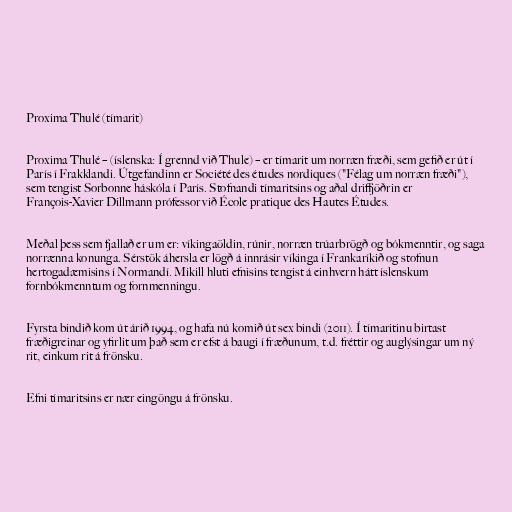
Proxima Thulé (tímarit)

Proxima Thulé – (íslenska: Í grennd við Thule) – er tímarit um norræn fræði, sem gefið er út í
París í Frakklandi. Útgefandinn er Société des études nordiques ("Félag um norræn fræði"),
sem tengist Sorbonne háskóla í París. Stofnandi tímaritsins og aðal driffjöðrin er
François-Xavier Dillmann prófessor við École pratique des Hautes Études.

Meðal þess sem fjallað er um er: víkingaöldin, rúnir, norræn trúarbrögð og bókmenntir, og saga
norrænna konunga. Sérstök áhersla er lögð á innrásir víkinga í Frankaríkið og stofnun
hertogadæmisins í Normandí. Mikill hluti efnisins tengist á einhvern hátt íslenskum
fornbókmenntum og fornmenningu.

Fyrsta bindið kom út árið 1994, og hafa nú komið út sex bindi (2011). Í tímaritinu birtast
fræðigreinar og yfirlit um það sem er efst á baugi í fræðunum, t.d. fréttir og auglýsingar um ný
rit, einkum rit á frönsku.

Efni tímaritsins er nær eingöngu á frönsku.